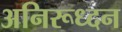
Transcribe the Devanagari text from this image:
अनिरूध्दन